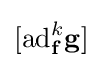
[\mathrm {ad} _{\mathbf {f} }^{k}\mathbf {\mathbf {g} } ]